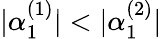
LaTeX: \lvert\alpha_{1}^{(1)}\rvert<\lvert\alpha_{1}^{(2)}\rvert